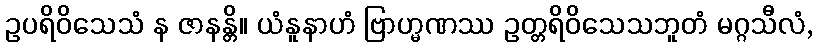
ဥပရိဝိသေသံ န ဇာနန္တိ။ ယံနူနာဟံ ဗြာဟ္မဏဿ ဥတ္တရိဝိသေသဘူတံ မဂ္ဂသီလံ,